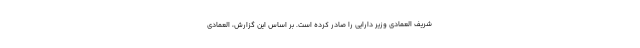
شریف العمادی وزیر دارایی را صادر کرده است. بر اساس این گزارش، العمادی